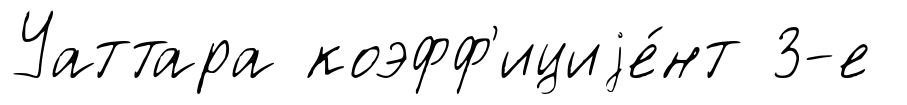
Уаттара коэфф'ициjе́нт 3-е